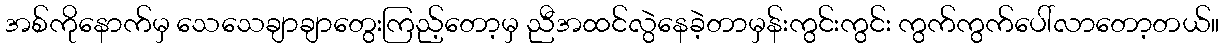
အစ်ကိုနောက်မှ သေသေချာချာတွေးကြည့်တော့မှ ညီအထင်လွဲနေခဲ့တာမှန်းကွင်းကွင်း ကွက်ကွက်ပေါ်လာတော့တယ်။